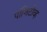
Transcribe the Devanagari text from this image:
पॉजिटीव्ह